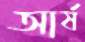
আর্ষ